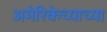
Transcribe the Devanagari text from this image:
अमेरिकेच्याच्या